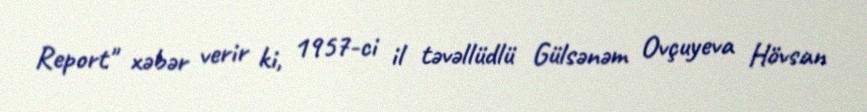
Report" xəbər verir ki, 1957-ci il təvəllüdlü Gülsənəm Ovçuyeva Hövsan